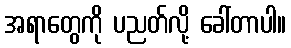
အရာတွေကို ပညတ်လို့ ခေါ်တာပါ။